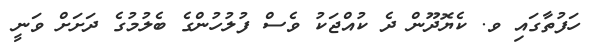
ހަފުތާގައި ވ. ކެޔޮދޫން ދެ ކުއްޖަކު ވެސް ފުލުހުންގެ ބެލުމުގެ ދަށަށް ވަނީ